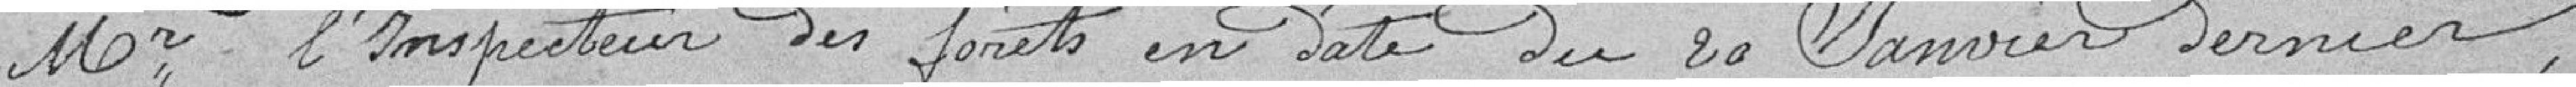
Mr. l'inspecteur des forêts en date du 20 janvier dernier,